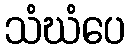
သံဃံပေ